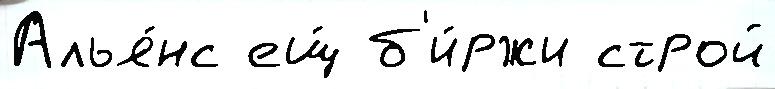
Алья́нс ещ́ б'и́ржи строй